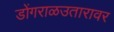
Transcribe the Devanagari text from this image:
डोंगराळउतारावर